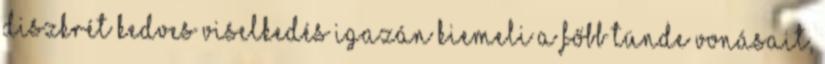
diszkrét kedves viselkedés igazán kiemeli a főbb tünde vonásait,